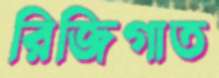
রিজিগাত